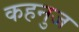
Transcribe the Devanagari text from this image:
कहनुज